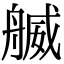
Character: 𦩬